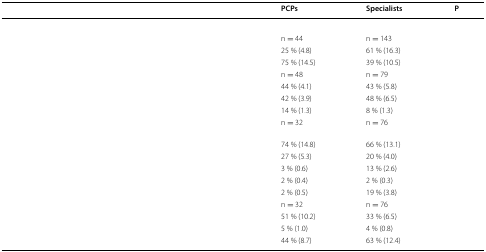
<table><thead><tr><td>[EMPTY_CELL]</td><td><b>PCPs</b></td><td><b>Specialists</b></td><td><b>P</b></td></tr></thead><tbody><tr><td colspan="4">[EMPTY_CELL]</td></tr><tr><td>[EMPTY_CELL]</td><td>n = 44</td><td>n = 143</td><td>[EMPTY_CELL]</td></tr><tr><td>[EMPTY_CELL]</td><td>25 % (4.8)</td><td>61 % (16.3)</td><td>[EMPTY_CELL]</td></tr><tr><td>[EMPTY_CELL]</td><td>75 % (14.5)</td><td>39 % (10.5)</td><td>[EMPTY_CELL]</td></tr><tr><td>[EMPTY_CELL]</td><td>n = 48</td><td>n = 79</td><td>[EMPTY_CELL]</td></tr><tr><td>[EMPTY_CELL]</td><td>44 % (4.1)</td><td>43 % (5.8)</td><td>[EMPTY_CELL]</td></tr><tr><td>[EMPTY_CELL]</td><td>42 % (3.9)</td><td>48 % (6.5)</td><td>[EMPTY_CELL]</td></tr><tr><td>[EMPTY_CELL]</td><td>14 % (1.3)</td><td>8 % (1.3)</td><td>[EMPTY_CELL]</td></tr><tr><td>[EMPTY_CELL]</td><td>n = 32</td><td>n = 76</td><td>[EMPTY_CELL]</td></tr><tr><td>[EMPTY_CELL]</td><td>74 % (14.8)</td><td>66 % (13.1)</td><td>[EMPTY_CELL]</td></tr><tr><td>[EMPTY_CELL]</td><td>27 % (5.3)</td><td>20 % (4.0)</td><td>[EMPTY_CELL]</td></tr><tr><td>[EMPTY_CELL]</td><td>3 % (0.6)</td><td>13 % (2.6)</td><td>[EMPTY_CELL]</td></tr><tr><td>[EMPTY_CELL]</td><td>2 % (0.4)</td><td>2 % (0.3)</td><td>[EMPTY_CELL]</td></tr><tr><td>[EMPTY_CELL]</td><td>2 % (0.5)</td><td>19 % (3.8)</td><td>[EMPTY_CELL]</td></tr><tr><td>[EMPTY_CELL]</td><td>n = 32</td><td>n = 76</td><td>[EMPTY_CELL]</td></tr><tr><td>[EMPTY_CELL]</td><td>51 % (10.2)</td><td>33 % (6.5)</td><td>[EMPTY_CELL]</td></tr><tr><td>[EMPTY_CELL]</td><td>5 % (1.0)</td><td>4 % (0.8)</td><td>[EMPTY_CELL]</td></tr><tr><td>[EMPTY_CELL]</td><td>44 % (8.7)</td><td>63 % (12.4)</td><td>[EMPTY_CELL]</td></tr></tbody></table>